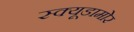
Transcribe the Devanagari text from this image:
स्क्यूडामोर